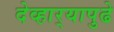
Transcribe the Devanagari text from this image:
देव्हार्‍यापुढे